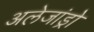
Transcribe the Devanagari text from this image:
अलेजांड्रो